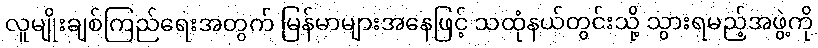
လူမျိုးချစ်ကြည်ရေးအတွက် မြန်မာများအနေဖြင့် သထုံနယ်တွင်းသို့ သွားရမည့်အဖွဲ့ကို